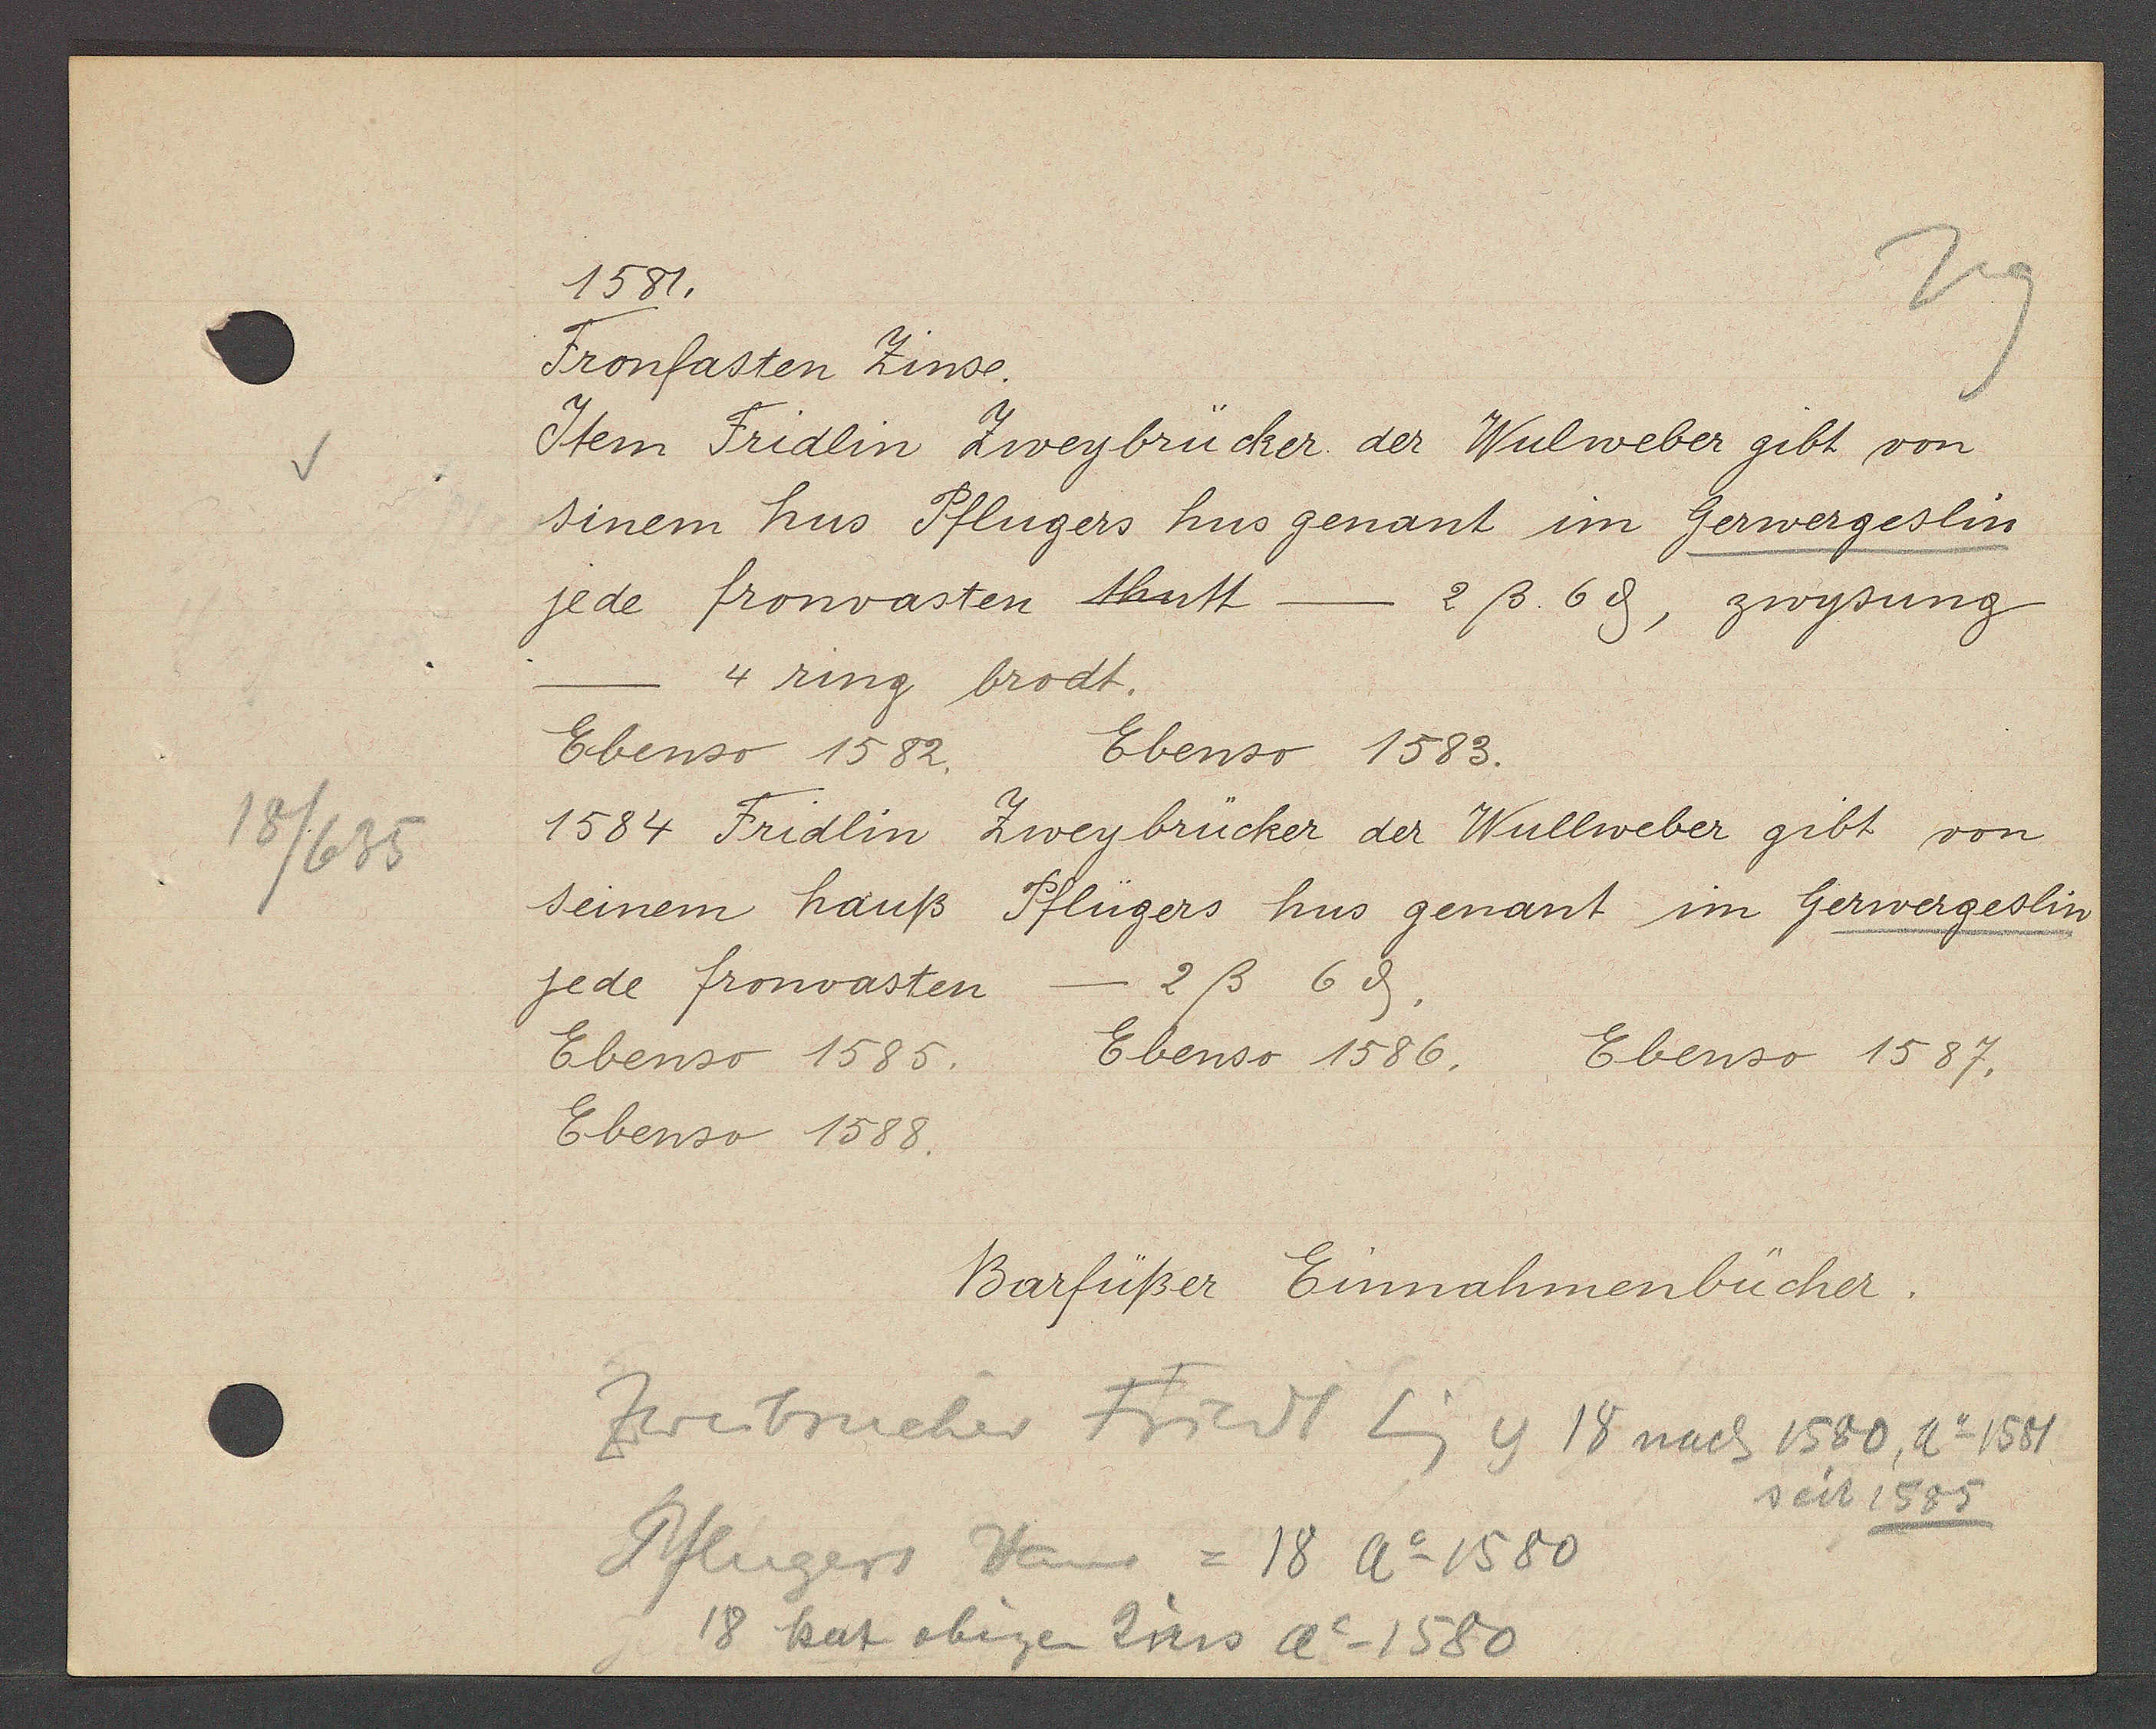
Transcript:
18/635

1581,

Fronfasten Zinse.
Item Fridlin Zweybrücker der Wulweber gibt von
sinem hus Pflugers hus genant im Gerwergeslin
jede fronvasten thutt - 2ß 6ȡ, zwysung
4ring brodt.
Ebenso 1582.
Ebenso 1583.
1584 Fridlin
Zweybrücker der Wullweber gibt von
seinem hauß
Pflügers hus genant im Gerwergeslin
- 2ß 6ȡ.
jede fronvasten
Ebenso 1586. Ebenso 1587.
Ebenso 1585.
Ebenso 1588.

Zweibrucher Friedt Eig v 18 nach 1580, Ao 1581
seit 1585
Pflugers Haus = 18 Ao 1580
18 hat obigen Zins Ao 1580

Barfüßer Einnahmenbücher.